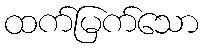
ထက်မြက်သော